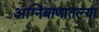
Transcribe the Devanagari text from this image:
अग्निबाणातल्या